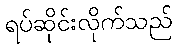
ရပ်ဆိုင်းလိုက်သည်